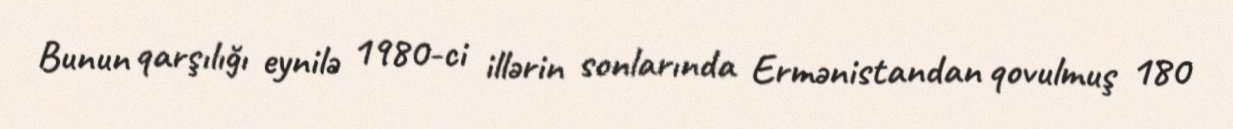
Bunun qarşılığı eynilə 1980-ci illərin sonlarında Ermənistandan qovulmuş 180